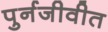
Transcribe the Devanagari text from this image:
पुर्नजीवीत